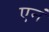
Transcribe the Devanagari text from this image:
एनं